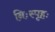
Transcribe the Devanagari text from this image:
निःस्पृहः